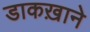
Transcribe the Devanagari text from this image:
डाकख़ाने